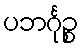
ပဘင်္ဂုဉ္စ